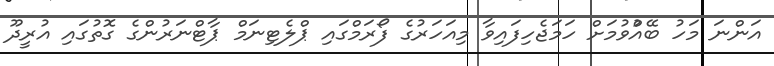
އަންނަ މަހު ބޭއްުވުމަށް ހަމަޖެހިފައިވާ މިއަހަރުގެ ފޯރަމްގައި ޕްލެޓިނަމް ޕާޓްނަރުންގެ ގޮތުގައި އުރީދޫ